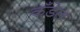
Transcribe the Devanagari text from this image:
कँडेल